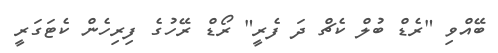
ބޭއްވި "ރެޑް ބުލް ކެޗް ދަ ފެރީ" ރޯޑް ރޭހުގެ ފިރިހެން ކެޓަގަރީ